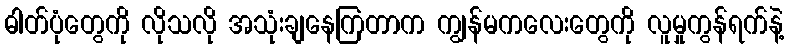
ဓါတ်ပုံတွေကို လိုသလို အသုံးချနေကြတာက ကျွန်မကလေးတွေကို လူမှုကွန်ရက်နဲ့